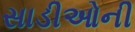
સાડીઓની